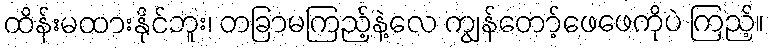
ထိန်းမထားနိုင်ဘူး၊ တခြာမကြည့်နဲ့လေ ကျွန်တော့်ဖေဖေကိုပဲ ကြည့်။